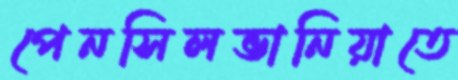
পেনসিলভানিয়াতে